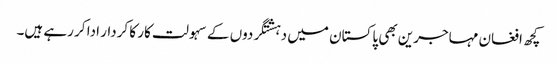
کچھ افغان مہاجرین بھی پاکستان میں دہشتگردوں کے سہولت کار کا کردار ادا کر رہے ہیں۔